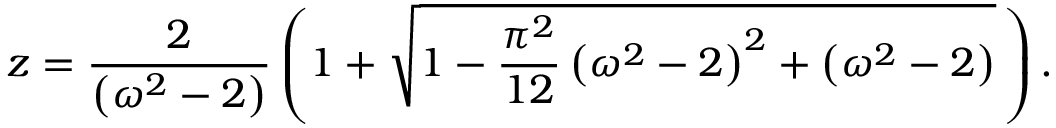
z = \frac { 2 } { \left( \omega ^ { 2 } - 2 \right) } \left( 1 + \sqrt { 1 - \frac { \pi ^ { 2 } } { 1 2 } \left( \omega ^ { 2 } - 2 \right) ^ { 2 } + \left( \omega ^ { 2 } - 2 \right) } \, \right) .